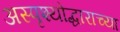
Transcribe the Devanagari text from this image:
अस्पृश्योद्धाराच्या